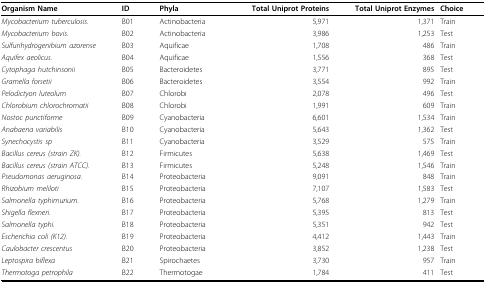
| Organism Name | ID | Phyla | Total Uniprot Proteins | Total Uniprot Enzymes | Choice |
 | --- | --- | --- | --- | --- | --- |
 | Mycobacterium tuberculosis. | B01 | Actinobacteria | 5,971 | 1,371 | Train |
 | Mycobacterium bovis. | B02 | Actinobacteria | 3,986 | 1,253 | Test |
 | Sulfurihydrogenibium azorense | B03 | Aquificae | 1,708 | 486 | Train |
 | Aquifex aeolicus. | B04 | Aquificae | 1,556 | 368 | Test |
 | Cytophaga hutchinsonii | B05 | Bacteroidetes | 3,771 | 895 | Test |
 | Gramella forsetii | B06 | Bacteroidetes | 3,554 | 992 | Train |
 | Pelodictyon luteolum | B07 | Chlorobi | 2,078 | 496 | Test |
 | Chlorobium chlorochromatii | B08 | Chlorobi | 1,991 | 609 | Train |
 | Nostoc punctiforme | B09 | Cyanobacteria | 6,601 | 1,534 | Train |
 | Anabaena variabilis | B10 | Cyanobacteria | 5,643 | 1,362 | Test |
 | Synechocystis sp | B11 | Cyanobacteria | 3,529 | 575 | Train |
 | Bacillus cereus (strain ZK). | B12 | Firmicutes | 5,638 | 1,469 | Test |
 | Bacillus cereus (strain ATCC). | B13 | Firmicutes | 5,248 | 1,546 | Train |
 | Pseudomonas aeruginosa. | B14 | Proteobacteria | 9,091 | 848 | Train |
 | Rhizobium meliloti | B15 | Proteobacteria | 7,107 | 1,583 | Test |
 | Salmonella typhimurium. | B16 | Proteobacteria | 5,768 | 1,279 | Train |
 | Shigella flexneri. | B17 | Proteobacteria | 5,395 | 813 | Test |
 | Salmonella typhi. | B18 | Proteobacteria | 5,351 | 942 | Test |
 | Escherichia coli (K12). | B19 | Proteobacteria | 4,412 | 1,443 | Train |
 | Caulobacter crescentus | B20 | Proteobacteria | 3,852 | 1,238 | Test |
 | Leptospira biflexa | B21 | Spirochaetes | 3,730 | 957 | Train |
 | Thermotoga petrophila | B22 | Thermotogae | 1,784 | 411 | Test |